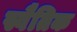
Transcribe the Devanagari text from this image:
स्वैतिक